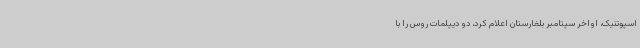
اسپوتنیک، اواخر سپتامبر بلغارستان اعلام کرد، دو دیپلمات روس را با